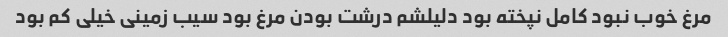
مرغ خوب نبود کامل نپخته بود دلیلشم درشت بودن مرغ بود سیب زمینی خیلی کم بود